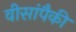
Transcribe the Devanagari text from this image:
वीसांपैकी